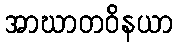
အာဃာတဝိနယာ